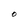
Character: O